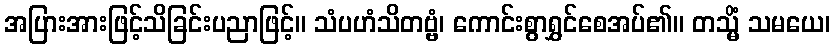
အပြားအားဖြင့်သိခြင်းပညာဖြင့်။ သံပဟံသိတဗ္ဗံ၊ ကောင်းစွာရွှင်စေအပ်၏။ တသ္မိံ သမယေ၊